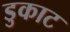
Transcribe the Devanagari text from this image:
डुकाट